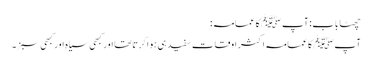
چھٹا باب : آپ ﷺ کا عمامہ :
آپ ﷺ کا عمامہ اکثر اوقات سفید ہی ہوا کرتاتھا اور کبھی سیاہ اور کبھی سبز۔